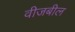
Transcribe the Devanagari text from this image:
वीजबील